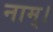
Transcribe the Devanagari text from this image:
नाम्।